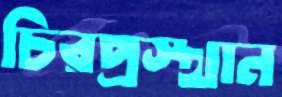
চিরপ্রস্থান